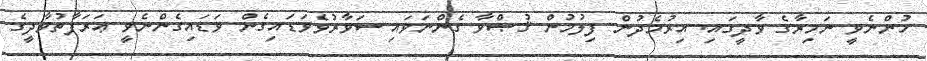
ހުންނެވީ ނަމިރާގެ ވާދީގައި. އިރުމެދުން ފިލުމުން ޤުޞްވާ ގެންނަވައި ސަވާރުވެވަޑައިގެން ވަޑައިގެންނެވީ ޢަރަފާތުވާދީގެ